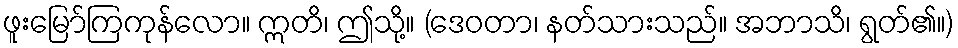
ဖူးမြော်ကြကုန်လော။ ဣတိ၊ ဤသို့။ (ဒေဝတာ၊ နတ်သားသည်။ အဘာသိ၊ ရွတ်၏။)